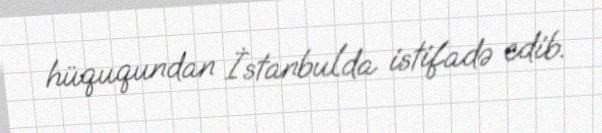
hüququndan İstanbulda istifadə edib.